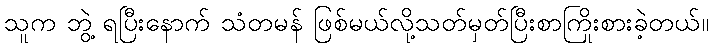
သူက ဘွဲ့ ရပြီးနောက် သံတမန် ဖြစ်မယ်လို့သတ်မှတ်ပြီးစာကြိုးစားခဲ့တယ်။